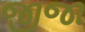
જીજા